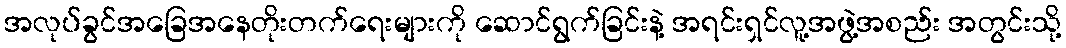
အလုပ်ခွင်အခြေအနေတိုးတက်ရေးများကို ဆောင်ရွက်ခြင်းနဲ့ အရင်းရှင်လူ့အဖွဲ့အစည်း အတွင်းသို့